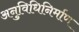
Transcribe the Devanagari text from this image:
अनुविधिनिर्माण